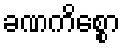
ခဏကိစ္စော